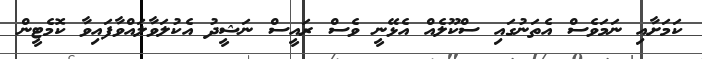
ކަމަށާއި ނަމަވެސް އެތަނުގައި ސްކޫލެއް އެޅޭނީ ވެސް ރައީސް ނަޝީދު އެކުލަވާލައްވާފައިވާ ކޮމެޓީން